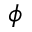
\phi